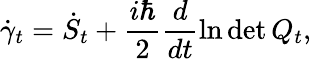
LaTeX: \dot{\gamma}_{t}=\dot{S}_{t}+\frac{i\hbar}{2}\frac{d}{dt}\ln\operatorname*{det}Q_{t},